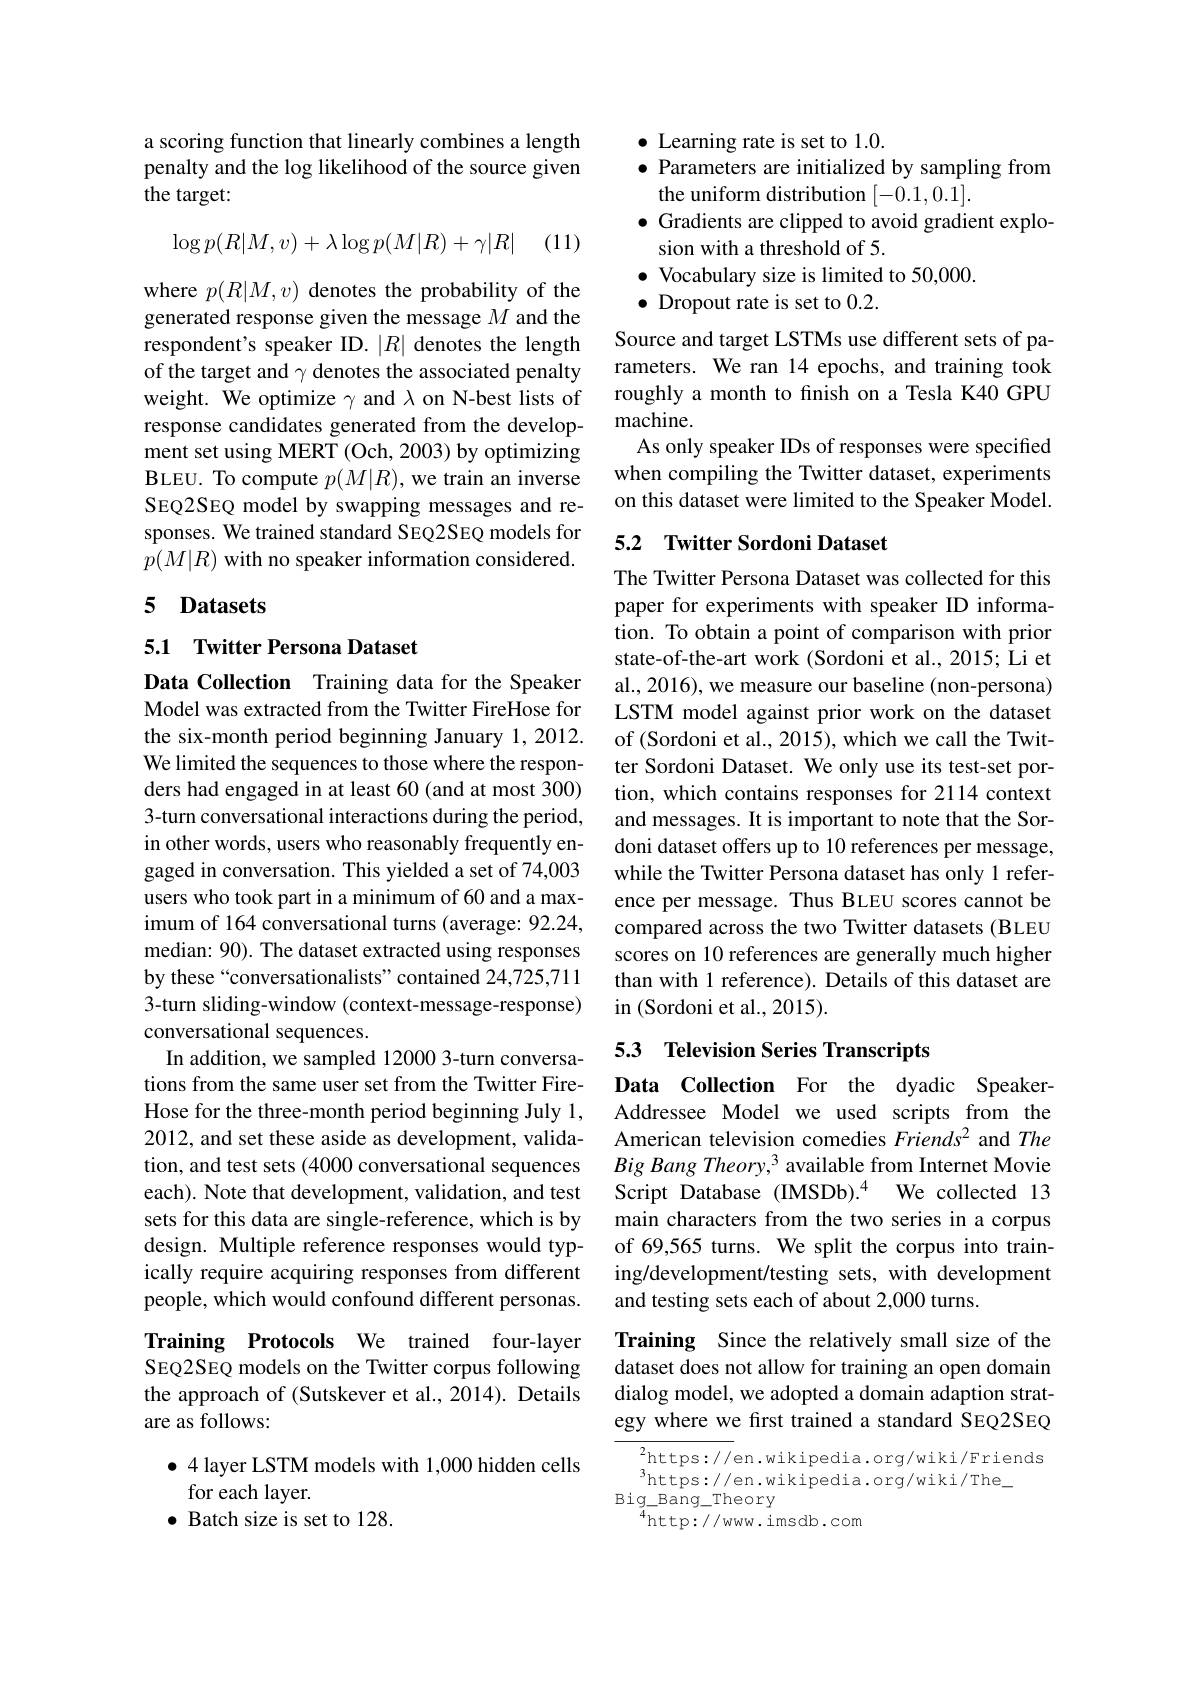
### a scoring function that linearly combines a length penalty and the log likelihood of the source given the target:

| (11)
$$\log p(R|M,v)+\lambda\log p(M|R)+\gamma|R|$$
where $p(R|M,v)$ denotes the probability of the generated response given the message $M$ and the respondent's speaker ID. $|R|$ denotes the length of the target and $\gamma$ denotes the associated penalty weight. We optimize $\gamma$ and $\lambda$ on N-best lists of response candidates generated from the development set using MERT (Och, 2003) by optimizing BLEU. To compute $p(M|R)$, we train an inverse SEQ2SEQ model by swapping messages and responses. We trained standard SEQ2SEQ models for $p(M|R)$ with no speaker information considered.

## 5 Datasets

### 5.1 Twitter Persona Dataset

Data Collection Training data for the Speaker Model was extracted from the Twitter FireHose for the six-month period beginning January 1, 2012. We limited the sequences to those where the responders had engaged in at least 60 (and at most 300) 3-turn conversational interactions during the period, in other words, users who reasonably frequently engaged in conversation. This yielded a set of 74,003 users who took part in a minimum of 60 and a maximum of 164 conversational turns (average: 92.24, median: 90). The dataset extracted using responses by these “conversationalists”contained 24,725,7113-turn sliding-window (context-message-response) conversational sequences.
In addition, we sampled 12000 3-turn conversations from the same user set from the Twitter FireHose for the three-month period beginning July 1, 2012, and set these aside as development, validation, and test sets (4000 conversational sequences each). Note that development, validation, and test sets for this data are single-reference, which is by design. Multiple reference responses would typically require acquiring responses from different people, which would confound different personas. Training Protocols We trained four-layer

SEQ2SEQ models on the Twitter corpus following the approach of (Sutskever et al., 2014). Details## are as follows:

$\bullet4$ layer LSTM models with 1,000 hidden cells
for each layer.
$\bullet$ Batch size is set to 128.

$\bullet$ Learning rate is set to 1.0.
$\bullet$ Parameters are initialized by sampling from
the uniform distribution [-0.1,0.1].
$\bullet$ Gradients are clipped to avoid gradient explo-
sion with a threshold of 5.
$\bullet$ Vocabulary size is limited to 50,000.
$\bullet$ Dropout rate is set to 0.2.
Source and target LSTMs use different sets of parameters. We ran 14 epochs, and training took roughly a month to finish on a Tesla K40 GPU machine.
As only speaker IDs of responses were specified when compiling the Twitter dataset, experiments on this dataset were limited to the Speaker Model.

## 5.2 Twitter Sordoni Dataset

The Twitter Persona Dataset was collected for this paper for experiments with speaker ID information. To obtain a point of comparison with prior state-of-the-art work (Sordoni et al., 2015; Li et al., 2016), we measure our baseline (non-persona) LSTM model against prior work on the dataset of (Sordoni et al., 2015), which we call the Twitter Sordoni Dataset. We only use its test-set portion, which contains responses for 2114 context and messages. It is important to note that the Sordoni dataset offers up to 10 references per message, while the Twitter Persona dataset has only 1 reference per message. Thus BLEU scores cannot be compared across the two Twitter datasets (BLEU scores on 10 references are generally much higher than with 1 reference). Details of this dataset are in (Sordoni et al.,2015).

## 5.3 Television Series Transcripts

Data Collection For the dyadic SpeakerAddressee Model we used scripts from the American television comedies Friends$^{2}$ and The Big Bang Theory, 3 available from Internet Movie Script Database (IMSDb).4 We collected 13 main characters from the two series in a corpus of 69,565 turns. We split the corpus into training/development/testing sets, with development and testing sets each of about 2,000 turns.

Training Since the relatively small size of the dataset does not allow for training an open domain dialog model, we adopted a domain adaption strategy where we first trained a standard SEQ2SEQ

$^2$https: / / en. wikipedia. org/ wiki/ Friends
$^{3}$https://en.wikipedia.org/wiki/The\_
$\operatorname{Big\_Bang\_Theory}$
$^{4}$http://www.imsdb.com